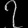
Digit: ၇